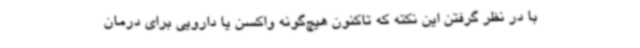
با در نظر گرفتن این نکته که تاکنون هیچ‌گونه واکسن یا دارویی برای درمان